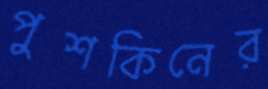
পুশকিনের